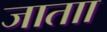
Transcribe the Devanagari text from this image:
जाताा